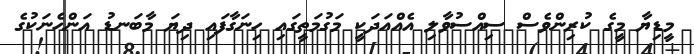
މީޑިޔާ މީގެ ކުރިންވެސް ސިއްސުވާލި އެއްއަދަކީ މަގުމަތީގައި ހިނަގާފައި ދިޔަ މާބަނޑު އަންހެނަކުގެ